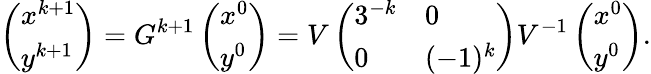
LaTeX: \left(\begin{array}{l}{x^{k+1}}\\ {y^{k+1}}\end{array}\right)=G^{k+1}\left(\begin{array}{l}{x^{0}}\\ {y^{0}}\end{array}\right)=V\left(\begin{array}{ll}{3^{-k}}&{0}\\ {0}&{(-1)^{k}}\end{array}\right)V^{-1}\left(\begin{array}{l}{x^{0}}\\ {y^{0}}\end{array}\right).